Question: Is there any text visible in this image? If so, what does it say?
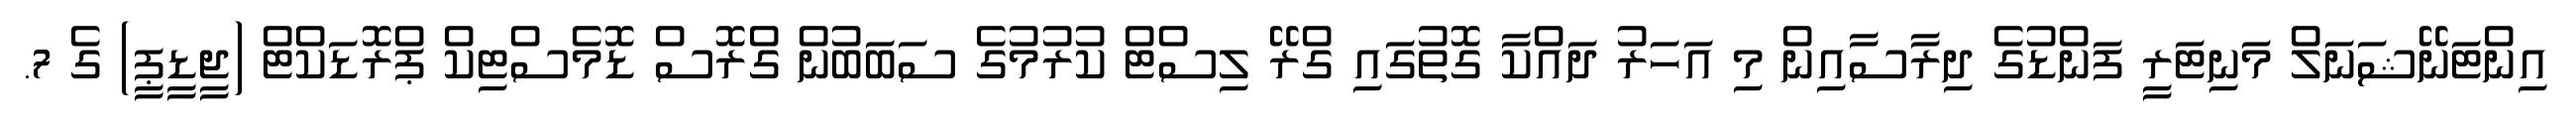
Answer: އިންޓަނޭޝަނަލް މަނިޓަރީ ފަންޑުގެ ދިރާސާއިން މި އަހަރު ދައްކާ ގޮތުގައި ގްރޭ ލިސްޓް ކުރުމުގެ ސަބަބުން ގްރޮސް ޑޮމެސްޓިކް ޕްރޮޑަކްޓް (ޖީޑީޕީ) ގެ 7.